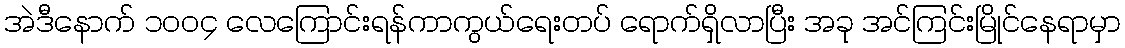
အဲဒီနောက် ၁၀၀၄ လေကြောင်းရန်ကာကွယ်ရေးတပ် ရောက်ရှိလာပြီး အခု အင်ကြင်းမြိုင်နေရာမှာ